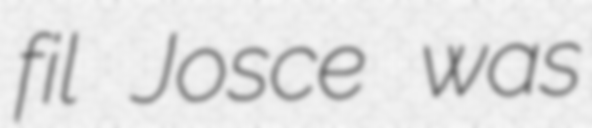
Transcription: fil Josce was